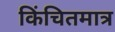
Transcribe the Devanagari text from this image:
किंचितमात्र